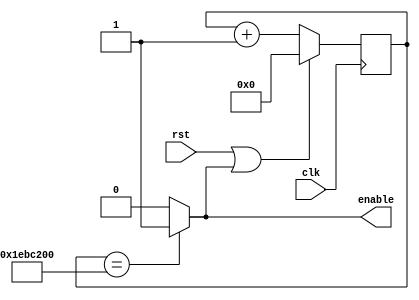
module slowdown_unit(clk, rst, enable); 

input clk, rst; 
output enable; 

reg [25:0] slowdown = 0; 

assign enable = (slowdown == 25'd200000000) ? 1'b1: 1'b0; 


always@(posedge clk)begin 
  
if(rst == 1'b1 || enable == 1'b1) begin 
slowdown <= 25'd0; 
end 
  
else begin 
slowdown <= slowdown + 1; 
end 
  
end 
  
endmodule